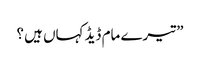
” تیرے مام ڈیڈ کہاں ہیں ؟